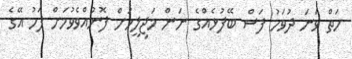
ހަތް ވަނަ ދުވަހު ފަސް ބޭފުޅެއްގެ ނަން މަޖިލީހަށް ފޮނުއްވެވުމަށް ފަހު އޭގެ